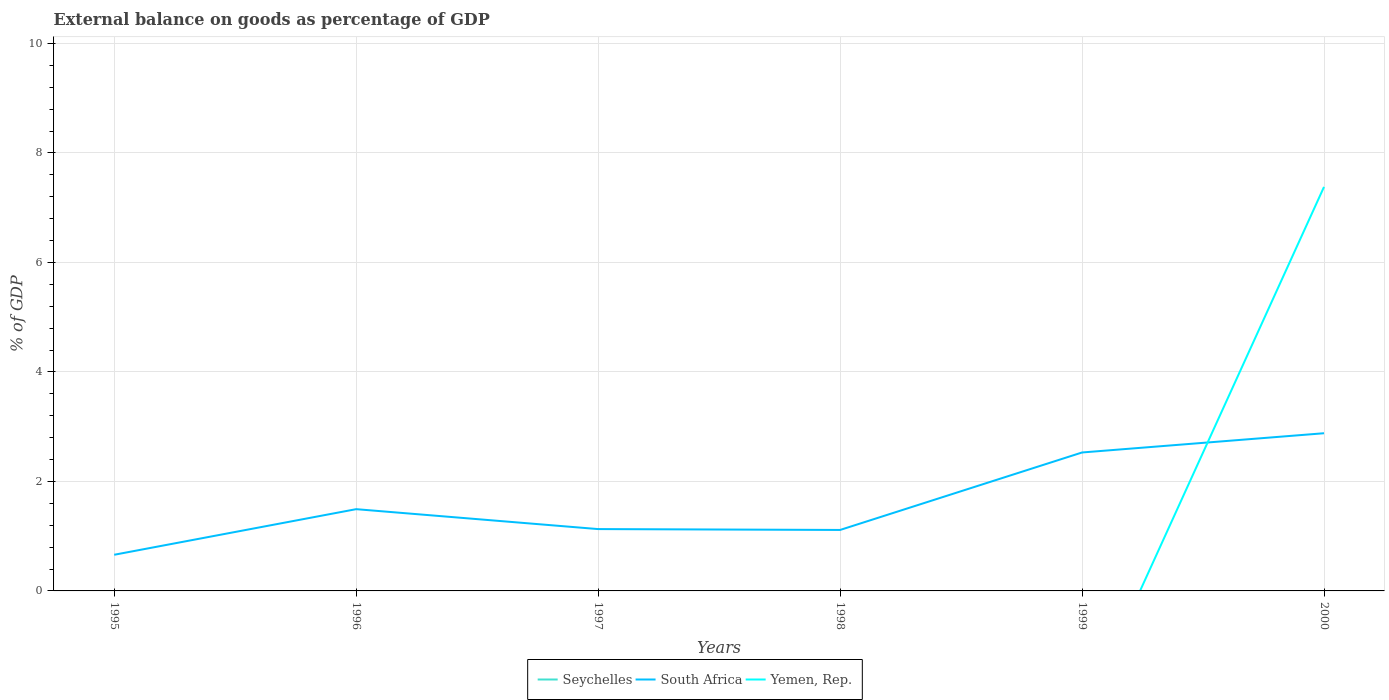
| Years | Seychelles | South Africa | Yemen, Rep. |
 | --- | --- | --- | --- |
 | 1995 | -35.4 | 0.66 | -19.6 |
 | 1996 | -47.5 | 1.49 | -8.93 |
 | 1997 | -40.4 | 1.13 | -8.81 |
 | 1998 | -42.9 | 1.11 | -20.6 |
 | 1999 | -46.3 | 2.53 | -2.33 |
 | 2000 | -6.43 | 2.88 | 7.38 |